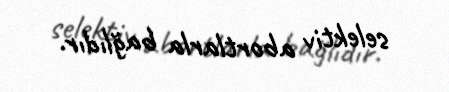
selektiv abortlarla bağlıdır.